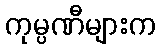
ကုမ္ပဏီများက